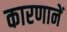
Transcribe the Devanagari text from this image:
कारणानें